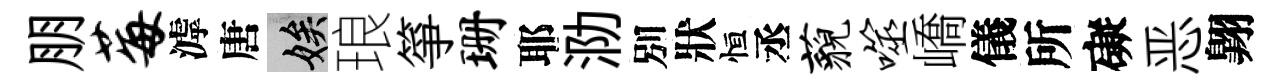
朋莓滹唐娭琅箏珊耶泐別狀恒丞藐噬嶠儀所礙恶翺